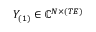
Y _ { ( 1 ) } \in \mathbb { C } ^ { N \times ( T E ) }